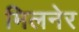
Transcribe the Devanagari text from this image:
मिलनेर